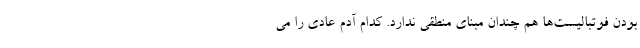
بودن فوتبالیست‌ها هم چندان مبنای منطقی ندارد. کدام آدم عادی را می